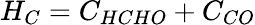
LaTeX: H_{C}=C_{HCHO}+C_{CO}